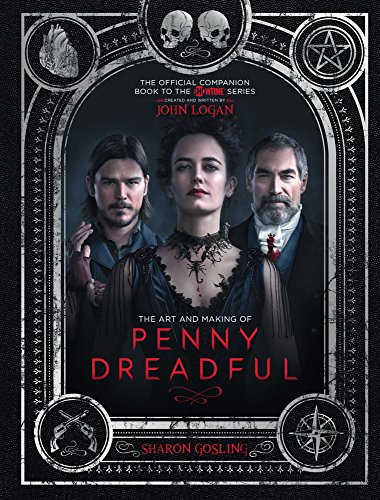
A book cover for The Art and Making of Penny Dreadful; Sharon Gosling; Humor & Entertainment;